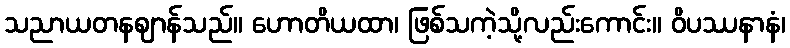
သညာယတနဈာန်သည်။ ဟောတိယထာ၊ ဖြစ်သကဲ့သို့လည်းကောင်း။ ဝိပဿနာနံ၊